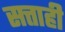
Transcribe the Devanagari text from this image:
सत्ताही